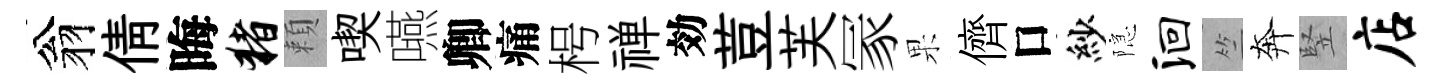
翁倩晦猪頼喫嚥卿痛枵禅効荳芙冡果儕口紗隠洄竺奔竪店